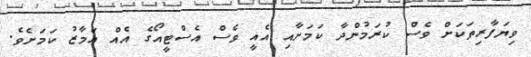
ވިޔަފާރިތަކަށް ވެސް ކުރަމުންދާ ކަމަށާއި އެއީ ވެސް އެސްޓީއޯގެ އެއް އަމާޒު ކަމަށެވެ.